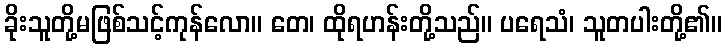
ခိုးသူတို့မဖြစ်သင့်ကုန်လော။ တေ၊ ထိုရဟန်းတို့သည်။ ပရေသံ၊ သူတပါးတို့၏။